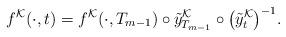
LaTeX: \begin{align*}f^{\mathcal{K}}(\cdot, t) = f^{\mathcal{K}}(\cdot, T_{m-1}) \circ \tilde{y}_{T_{m-1}}^{\mathcal{K}} \circ \big(\tilde{y}_t^{\mathcal{K}}\big)^{-1}.\end{align*}